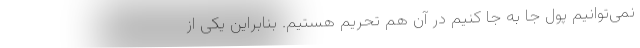
نمی‌توانیم پول جا به جا کنیم در آن هم تحریم هستیم. بنابراین یکی از